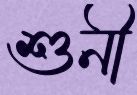
শুনী